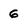
Character: 6